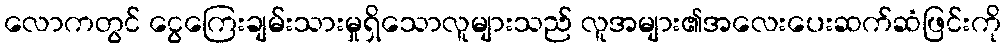
လောကတွင် ငွေကြေးချမ်းသားမှုရှိသောလူများသည် လူအများ၏အလေးပေးဆက်ဆံဖြင်းကို